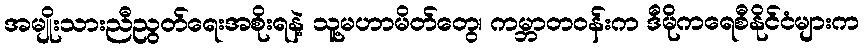
အမျိုးသားညီညွတ်ရေးအစိုးရနဲ့ သူ့မဟာမိတ်တွေ၊ ကမ္ဘာတဝန်းက ဒီမိုကရေစီနိုင်ငံများက